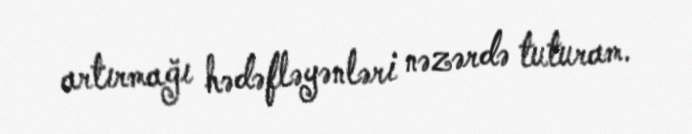
artırmağı hədəfləyənləri nəzərdə tuturam.